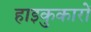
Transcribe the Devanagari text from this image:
हाइकुकारों